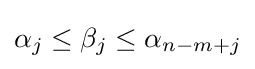
\alpha _{j}\leq \beta _{j}\leq \alpha _{n-m+j}